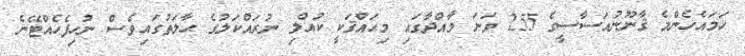
ހަމައެހެންމެ ޤާނޫނުއަސާސީގެ 255 ވަނަ މާއްދާގައި މިޙައްޤަކީ ކުއްލި ނުރައްކަލުގެ ޙާލަތުގައިވެސް ނުހިފެހެއްޓޭނެ